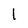
Character: l